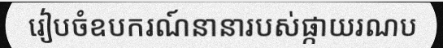
រៀបចំឧបករណ៍នានារបស់ផ្កាយរណប